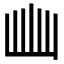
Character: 𭖈